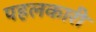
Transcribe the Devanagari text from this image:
पहलकारी